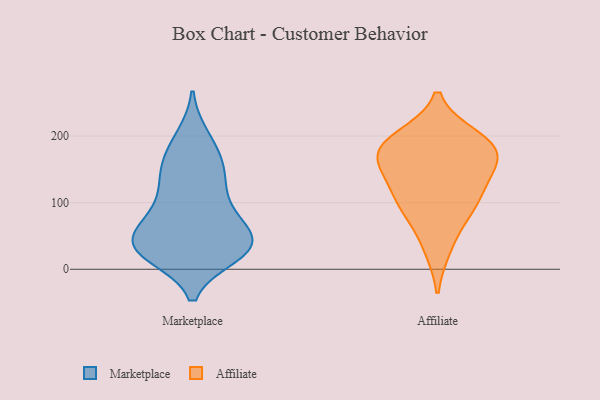
{"axis": {"x": "Demand Index", "y": "Value"}, "legend": ["Affiliate", "Marketplace"], "data": [{"x": "", "y": 83, "type": "Marketplace"}, {"x": "", "y": 30, "type": "Marketplace"}, {"x": "", "y": 46, "type": "Marketplace"}, {"x": "", "y": 32, "type": "Marketplace"}, {"x": "", "y": 43, "type": "Marketplace"}, {"x": "", "y": 152, "type": "Marketplace"}, {"x": "", "y": 160, "type": "Marketplace"}, {"x": "", "y": 25, "type": "Marketplace"}, {"x": "", "y": 48, "type": "Marketplace"}, {"x": "", "y": 138, "type": "Marketplace"}, {"x": "", "y": 198, "type": "Marketplace"}, {"x": "", "y": 76, "type": "Marketplace"}, {"x": "", "y": 28, "type": "Marketplace"}, {"x": "", "y": 32, "type": "Marketplace"}, {"x": "", "y": 22, "type": "Marketplace"}, {"x": "", "y": 108, "type": "Marketplace"}, {"x": "", "y": 96, "type": "Marketplace"}, {"x": "", "y": 190, "type": "Marketplace"}, {"x": "", "y": 144, "type": "Marketplace"}, {"x": "", "y": 48, "type": "Marketplace"}, {"x": "", "y": 187, "type": "Affiliate"}, {"x": "", "y": 105, "type": "Affiliate"}, {"x": "", "y": 101, "type": "Affiliate"}, {"x": "", "y": 168, "type": "Affiliate"}, {"x": "", "y": 197, "type": "Affiliate"}, {"x": "", "y": 136, "type": "Affiliate"}, {"x": "", "y": 187, "type": "Affiliate"}, {"x": "", "y": 84, "type": "Affiliate"}, {"x": "", "y": 151, "type": "Affiliate"}, {"x": "", "y": 176, "type": "Affiliate"}, {"x": "", "y": 33, "type": "Affiliate"}]}